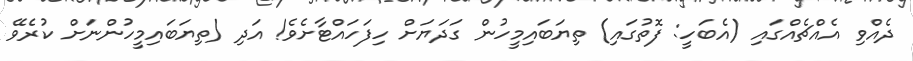
ދެއްވި އެއްޗެއްގައި (އެބަހީ: ފޮތުގައި) ތިޔަބައިމީހުން ގަދަޔަށް ހިފަހައްޓާށެވެ! އަދި (ތިޔަބައިމީހުންނަށް ކުރެވޭ